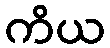
ကိယ